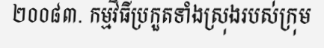
២០០៨៣. កម្មវិធីប្រកួតទាំងស្រុងរបស់ក្រុម